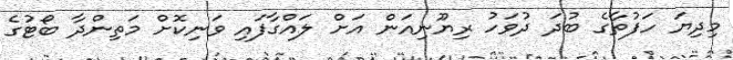
މިދިޔަ ހަފުތާގެ ބުދަ ދުވަހު ރިޔޫނިއަން އަށް ލައްގާފައި ވަނިކޮށް މަތިންދާ ބޯޓުގެ